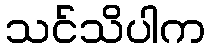
သင်သိပါက